Medical and sanitary report of the native army of Madras for the year
Year: 1877
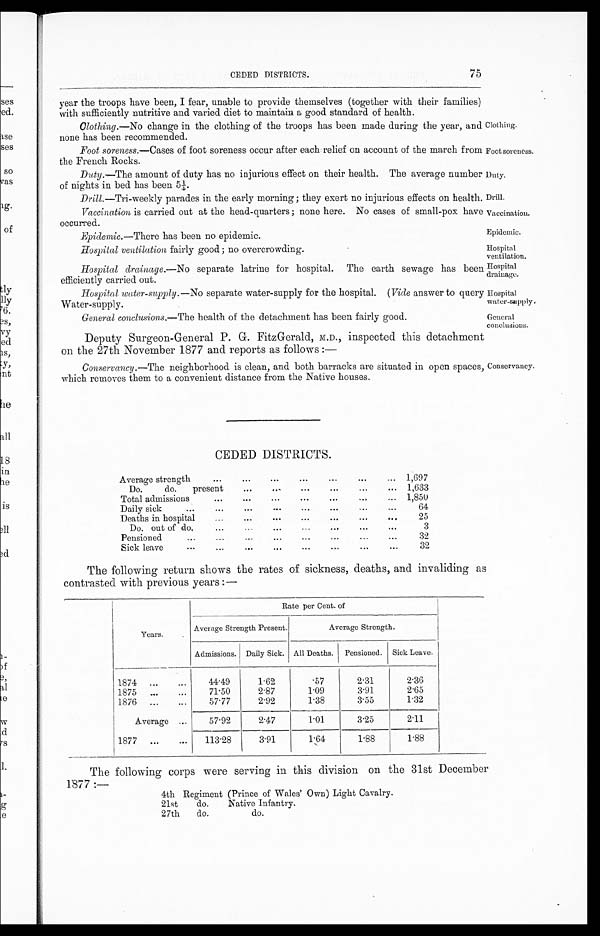
Clothing.
Foot soreness,
Duty.
Drill.
Vaccination.
Epidemic.
Hospital
ventilation.
75
CEDED DISTRICTS.
year the troops have been, I fear, unable to provide themselves (together with their families)
with sufficiently nutritive and varied diet to maintain a good standard of health.
Clothing.—No change in the clothing of the troops has been made during the year, and
none has been recommended.
Foot soreness.— Cases of foot soreness occur after each relief on account of the march from
the French Rocks.
Duty.— The amount of duty has no injurious effect on their health. The average number
of nights in bed has been 51.
Drill.—Tri-weekly parades in the early morning ; they exert no injurious effects on health.
Vaccination is carried out at the head-quarters; none here. No cases of small-pox have
occurred.
Epidemic.— There has been no epidemic.
Hospital ventilation fairly good ; no overcrowding.
Hospital
drainage.
Hospital
water-supply.
Hospital drainage.— No separate latrine for hospital. The earth sewage has been
efficiently carried out.
Hospital wuater-supply.—No separate water-supply for the hospital. (Vide answer to query
Water-supply.
General conclusions.—The health of the detachment has been fairly good.
General
conclusions.
Deputy Surgeon-General P. G. FitzGerald, M.D., inspected this detachment
on the 27th November 1877 and reports as follows :—
Conservancy.
Conservancy.—The neighborhood is clean, and both barracks are situated in open spaces,
which removes them to a convenient distance from the Native houses.
CEDED DISTRICTS.
Average strength
...
...
...
...
...
...
... 1,697
Do.
do.
present
... ... ...
...
...
... 1,633
Total admissions
...
...
...
... ... ...
... 1,850
Daily sic
...
... ... ... ...
...
...
...
6 4
Deaths in hospital
... ...
...
...
...
...
...
2 5
Do. out of do.
...
... ... ... ... ...
...
3
Pensioned
... ... ... ...
...
...
...
...
32
Sick leave
...
...
... ... ...
...
...
...
3 2
The following return shows the rates of sickness, deaths, and invaliding as
contrasted with previous years :—
Years.
Rate per Cent. of
Average Strength Present.
Average Strength.
Admissions. Daily Sick. All Deaths.
Pensioned. Sick Leave.
1874
...
...
44.49
1.62
.57
2.31
2.36
1875
...
...
71.50
2.87
1.09
3.91
2.65
1876
...
...
5 7 . 7 7
2.92
1.38
3.55
1.32
Average ...
57.92
2.47
1.01
3.25
2.11
1877
...
...
113 . 28
3.91
1.64
1 . 88
1.88
The following corps were serving in this division on the 31st December
1877 :—
4th Regiment (Prince of Wales' Own) Light Cavalry.
21st
do.
Native Infantry.
27th
do.
do.